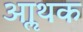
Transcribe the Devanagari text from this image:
आॢथक